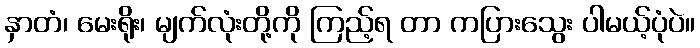
နှာတံ၊ မေးရိုး၊ မျက်လုံးတို့ကို ကြည့်ရ တာ ကပြားသွေး ပါမယ့်ပုံပဲ။